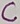
Text: C